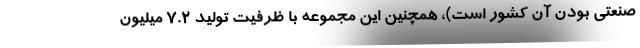
صنعتی بودن آن کشور است)، همچنین این مجموعه با ظرفیت تولید ۷.۲ میلیون